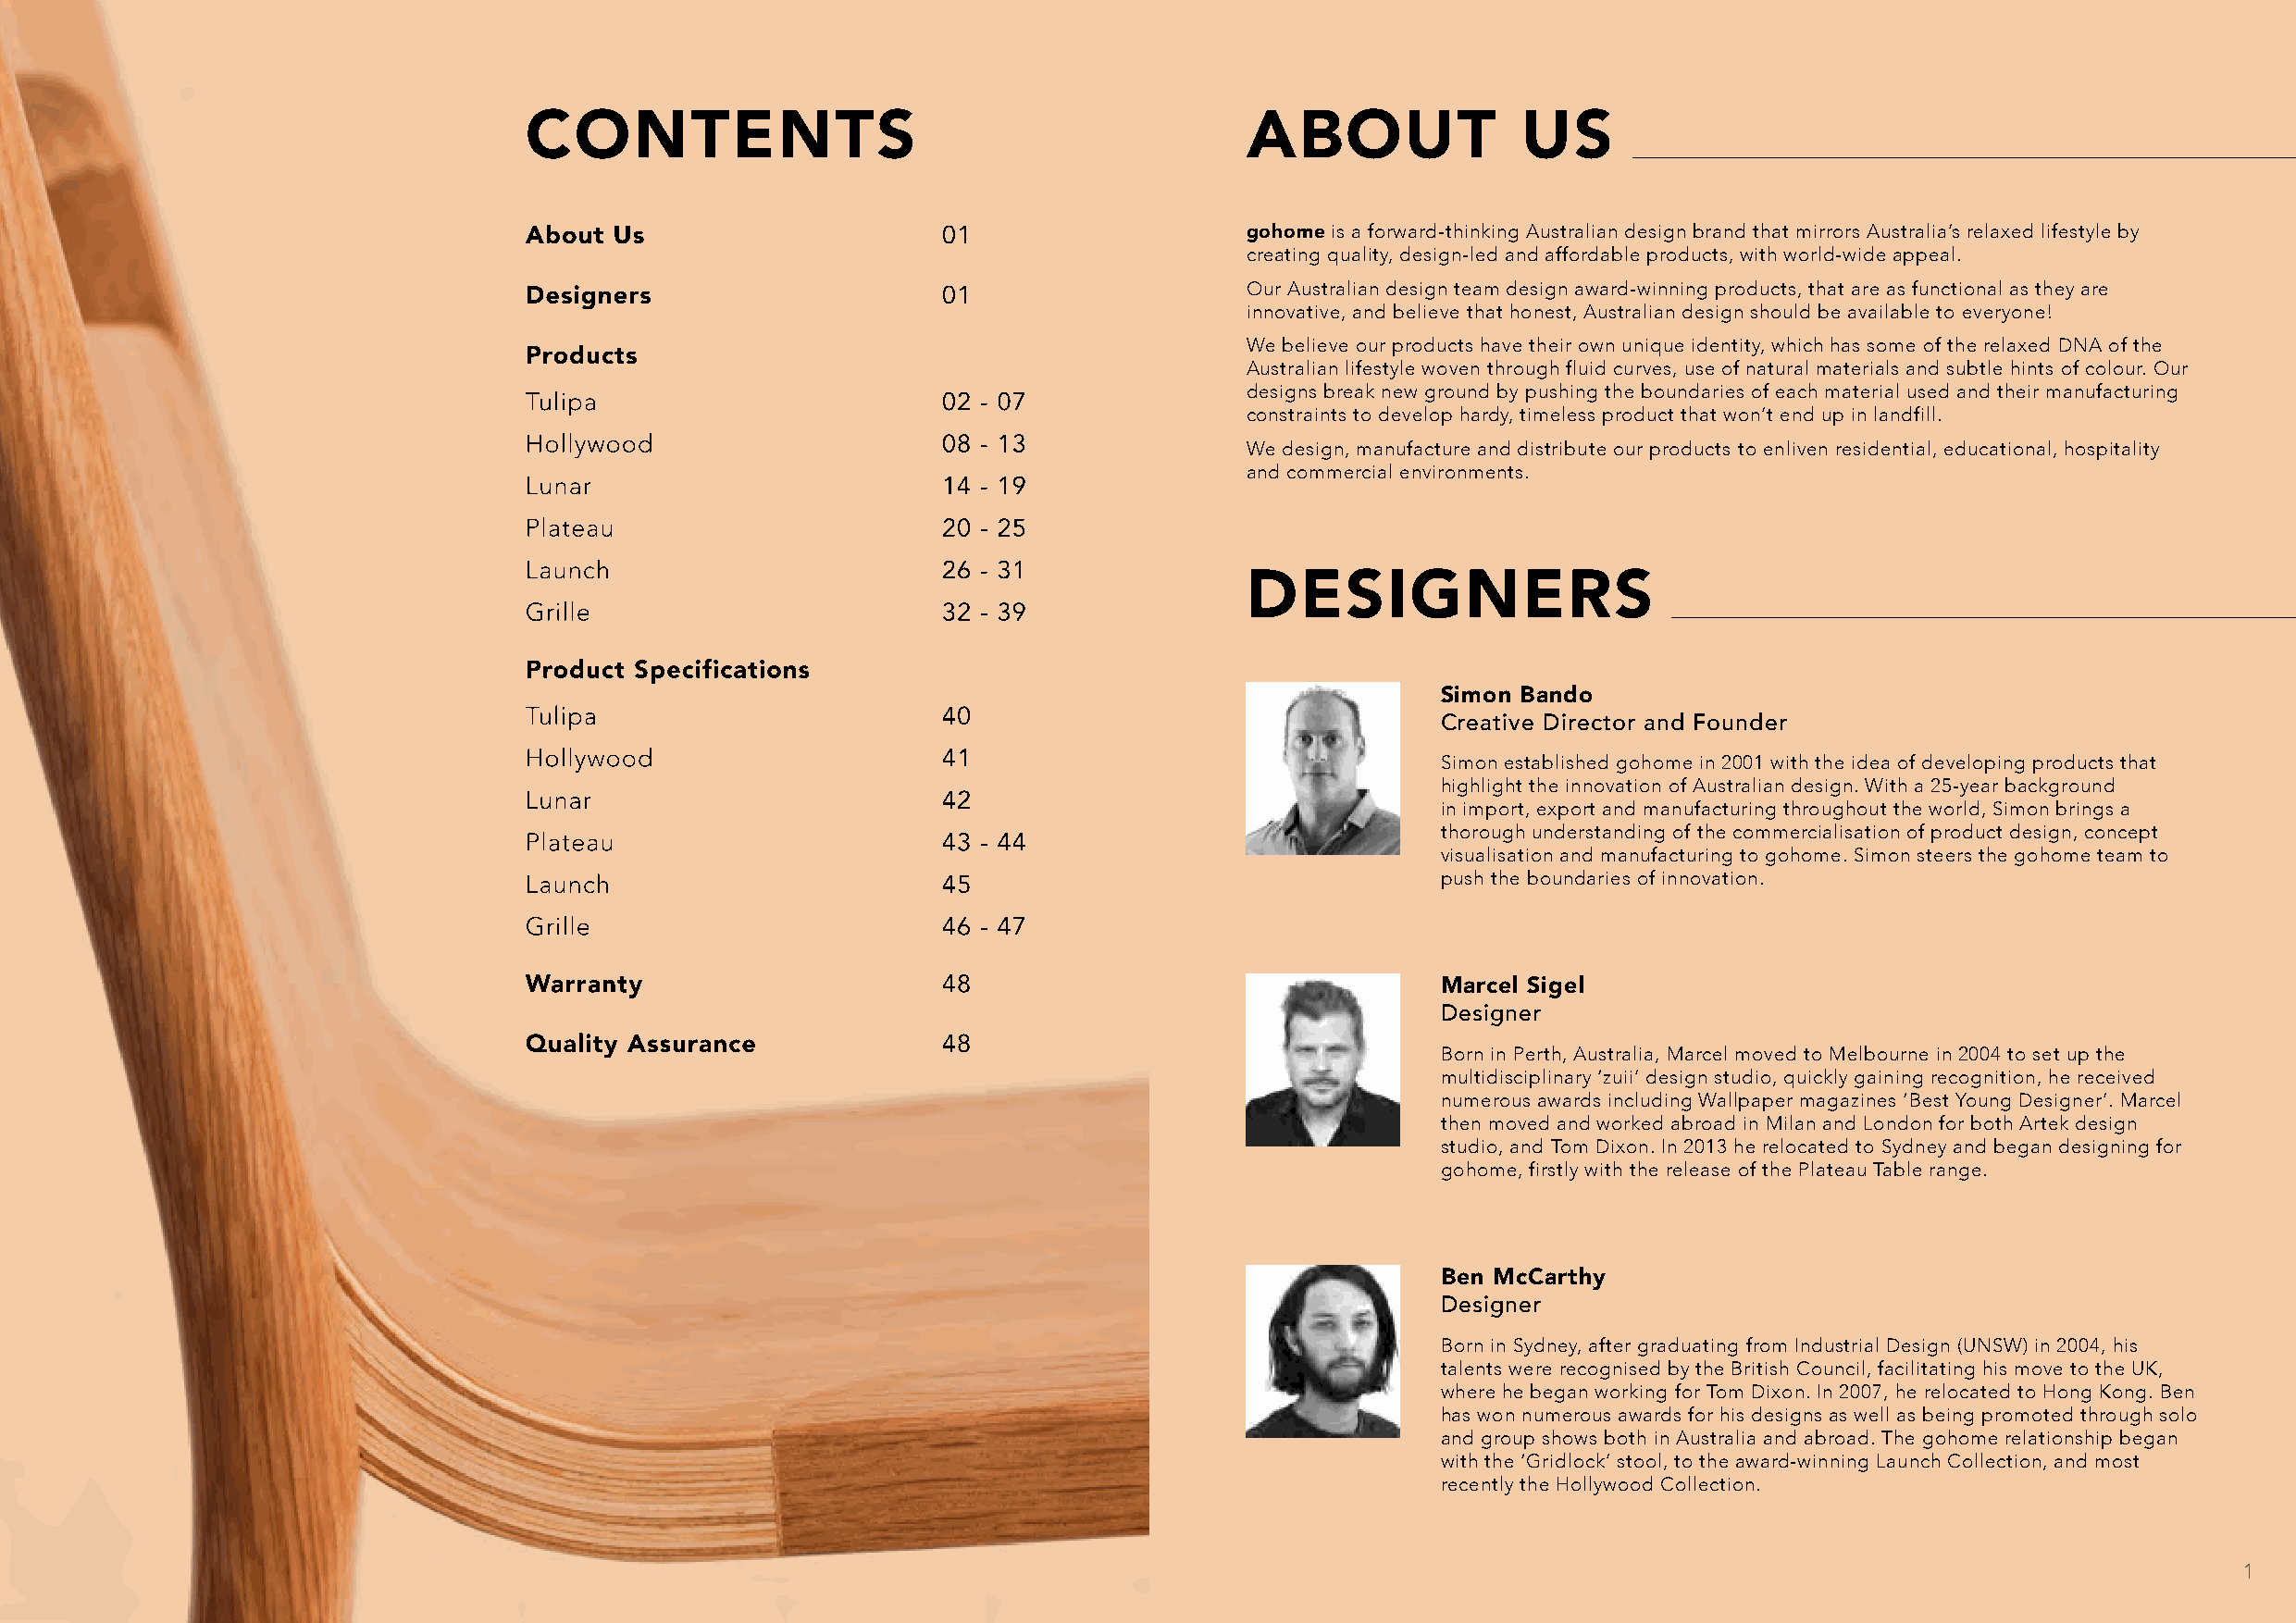
ABOUT               US
 gohome is a forward-thinking Australian design brand that mirrors Australia’s relaxed lifestyle by
 creating quality, design-led and affordable products, with world-wide appeal.
 Our Australian design team design award-winning products, that are as functional as they are
 innovative, and believe that honest, Australian design should be available to everyone!
 We believe our products have their own unique identity, which has some of the relaxed DNA of the
 Australian lifestyle woven through fluid curves, use of natural materials and subtle hints of colour. Our
 designs break new ground by pushing the boundaries of each material used and their manufacturing
 constraints to develop hardy, timeless product that won’t end up in landfill.
 We design, manufacture and distribute our products to enliven residential, educational, hospitality
 and commercial environments.
 DESIGNERS
 Simon Bando
 Creative Director and Founder
 Simon established gohome in 2001 with the idea of developing products that
 highlight the innovation of Australian design. With a 25-year background
 in import, export and manufacturing throughout the world, Simon brings a
 thorough understanding of the commercialisation of product design, concept
 visualisation and manufacturing to gohome. Simon steers the gohome team to
 push the boundaries of innovation.
 Marcel Sigel
 Designer
 Born in Perth, Australia, Marcel moved to Melbourne in 2004 to set up the
 multidisciplinary ‘zuii’ design studio, quickly gaining recognition, he received
 numerous awards including Wallpaper magazines ‘Best Young Designer’. Marcel
 then moved and worked abroad in Milan and London for both Artek design
 studio, and Tom Dixon. In 2013 he relocated to Sydney and began designing for
 gohome, firstly with the release of the Plateau Table range.
 Ben McCarthy
 Designer
 Born in Sydney, after graduating from Industrial Design (UNSW) in 2004, his
 talents were recognised by the British Council, facilitating his move to the UK,
 where he began working for Tom Dixon. In 2007, he relocated to Hong Kong. Ben
 has won numerous awards for his designs as well as being promoted through solo
 and group shows both in Australia and abroad. The gohome relationship began
 with the ‘Gridlock’ stool, to the award-winning Launch Collection, and most
 recently the Hollywood Collection.
 1